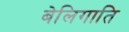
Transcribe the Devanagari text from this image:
बेलिगाति